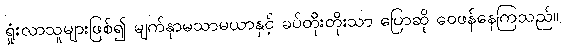
ရှုံးလာသူများဖြစ်၍ မျက်နှာမသာမယာနှင့် ခပ်တိုးတိုးသာ ပြောဆို ဝေဖန်နေကြသည်။